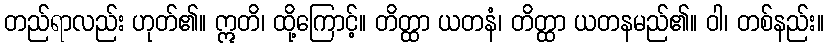
တည်ရာလည်း ဟုတ်၏။ ဣတိ၊ ထို့ကြောင့်။ တိတ္ထာ ယတနံ၊ တိတ္ထာ ယတနမည်၏။ ဝါ၊ တစ်နည်း။